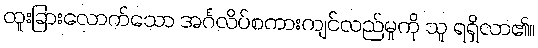
ထူးခြားလောက်သော အင်္ဂလိပ်စကားကျင်လည်မှုကို သူ ရရှိလာ၏။